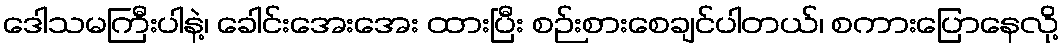
ဒေါသမကြီးပါနဲ့၊ ခေါင်းအေးအေး ထားပြီး စဉ်းစားစေချင်ပါတယ်၊ စကားပြောနေလို့